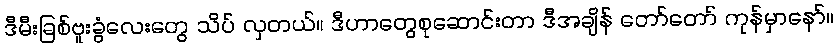
ဒီမီးခြစ်ဗူးခွံလေးတွေ သိပ် လှတယ်။ ဒီဟာတွေစုဆောင်းတာ ဒီအချိန် တော်တော် ကုန်မှာနော်။